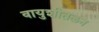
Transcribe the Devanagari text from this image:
वायुशीतलन